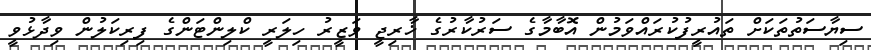
ސިޔާސަތުތަކަށް ތައުރީފުކުރައްވަމުން އޮބާމާގެ ސަރުކާރުގެ ޚާރިޖީ ވަޒީރު ހިލަރީ ކްލިންޓަންގެ ފިރިކަލުން ވިދާޅުވީ